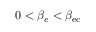
0 < \beta _ { e } < \beta _ { \mathrm { { e c } } }